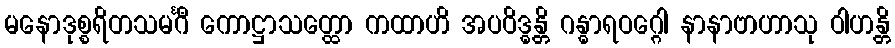
မနောဒုစ္စရိတသမင်္ဂီ ကောဋ္ဌာသတ္ထော ကထာဟိ အပဝိဒ္ဓန္တိ ဂန္ဓာရဝဂ္ဂေါ နာနာဗာဟာသု ဝါဟန္တိ